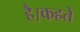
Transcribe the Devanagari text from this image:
है।कहते